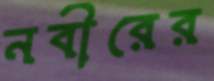
নবীরের